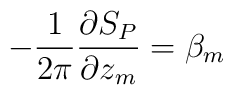
-\frac{1}{2\pi}\frac{\partial S_P}{\partial z_m} = \beta_m